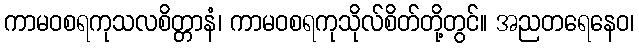
ကာမဝစရကုသလစိတ္တာနံ၊ ကာမဝစရကုသိုလ်စိတ်တို့တွင်။ အညတရေနေဝ၊